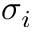
\sigma _ { i }